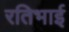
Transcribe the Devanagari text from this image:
रतिभाई